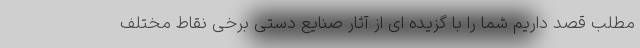
مطلب قصد داریم شما را با گزیده ای از آثار صنایع دستی برخی نقاط مختلف